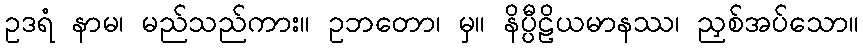
ဥဒရံ နာမ၊ မည်သည်ကား။ ဥဘတော၊ မှ။ နိပ္ပီဠိယမာနဿ၊ ညှစ်အပ်သော။